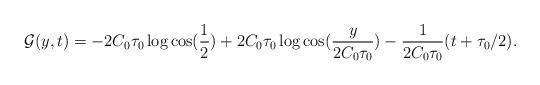
LaTeX: \begin{align*}\mathcal{G}(y,t)=-2C_{0}\tau_{0}\log\cos(\frac{1}{2})+2C_{0}\tau_{0}\log\cos(\frac{y}{2C_{0}\tau_{0}})-\frac{1}{2C_{0}\tau_{0}}(t+\tau_{0}/2).\end{align*}